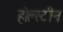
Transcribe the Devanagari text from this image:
होल्स्टीन